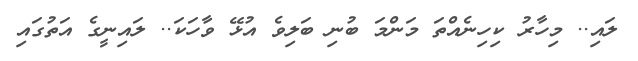
ލައި.. މިހާރު ކިހިނެއްތަ މަންމަ ބުނި ބަލިވެ އުޅޭ ވާހަކަ.. ލައިނީގެ އަތުގައި